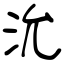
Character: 沇